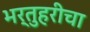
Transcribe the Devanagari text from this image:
भर्तुहरीचा